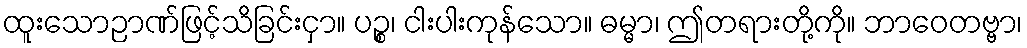
ထူးသောဉာဏ်ဖြင့်သိခြင်းငှာ။ ပဉ္စ၊ ငါးပါးကုန်သော။ ဓမ္မာ၊ ဤတရားတို့ကို။ ဘာဝေတဗ္ဗာ၊